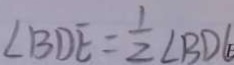
\angle B D E = \frac { 1 } { 2 } \angle B D G